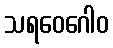
သရဝေဂေါဝ